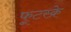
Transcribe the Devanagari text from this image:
फूटस्क्रे